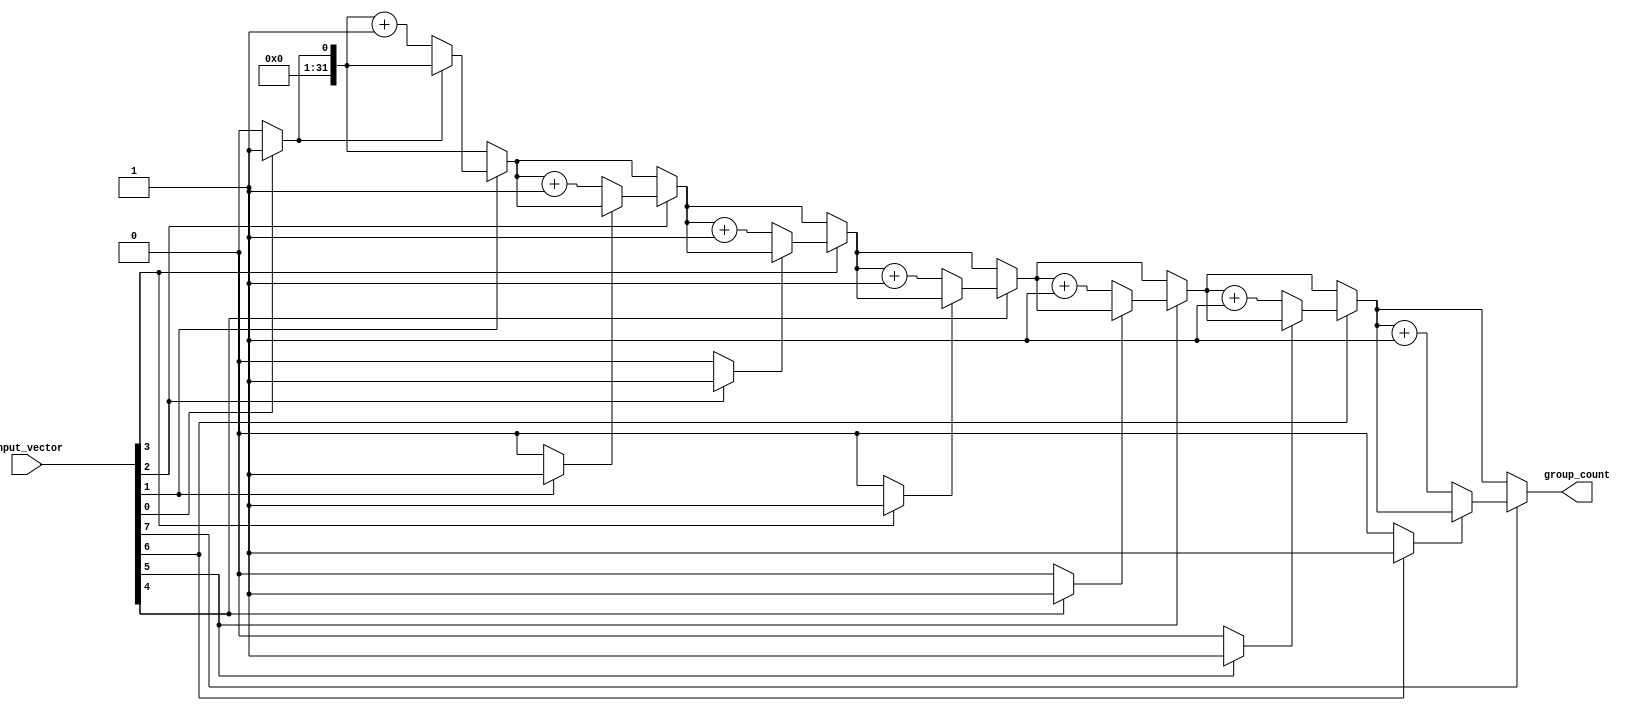
module group_counter #(
    parameter N = 8 // Width of the input vector
)(
    input  wire [N-1:0] input_vector, // Input binary vector
    output reg  [31:0] group_count      // Output group count (32-bit integer)
);

    integer i; // Loop index
    reg in_group; // Flag to indicate if we are in a group of '1's

    always @* begin
        group_count = 0; // Initialize group count
        in_group = 0;    // Initialize in_group flag

        // Iterate through the input_vector from LSB to MSB
        for (i = 0; i < N; i = i + 1) begin
            if (input_vector[i] == 1'b1) begin
                if (!in_group) begin
                    group_count = group_count + 1; // Found a new group
                    in_group = 1; // Set in_group to true
                end
            end else begin
                in_group = 0; // End of current group of '1's
            end
        end
    end

endmodule